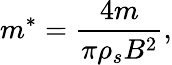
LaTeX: m^{*}=\frac{4m}{\pi\rho_{s}B^{2}},